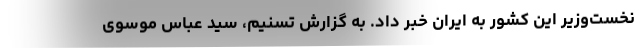
نخست‌وزیر این کشور به ایران خبر داد. به گزارش تسنیم، سید عباس موسوى